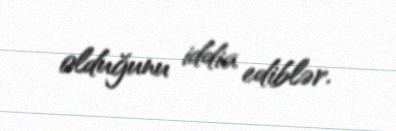
olduğunu iddia ediblər.